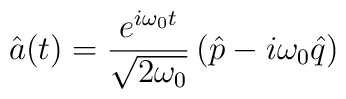
\hat{a}(t)=\frac{{e}^{i\omega_0 t}}{\sqrt{2\omega_0}}\left(\hat{p}-i\omega_0\hat{q}\right)